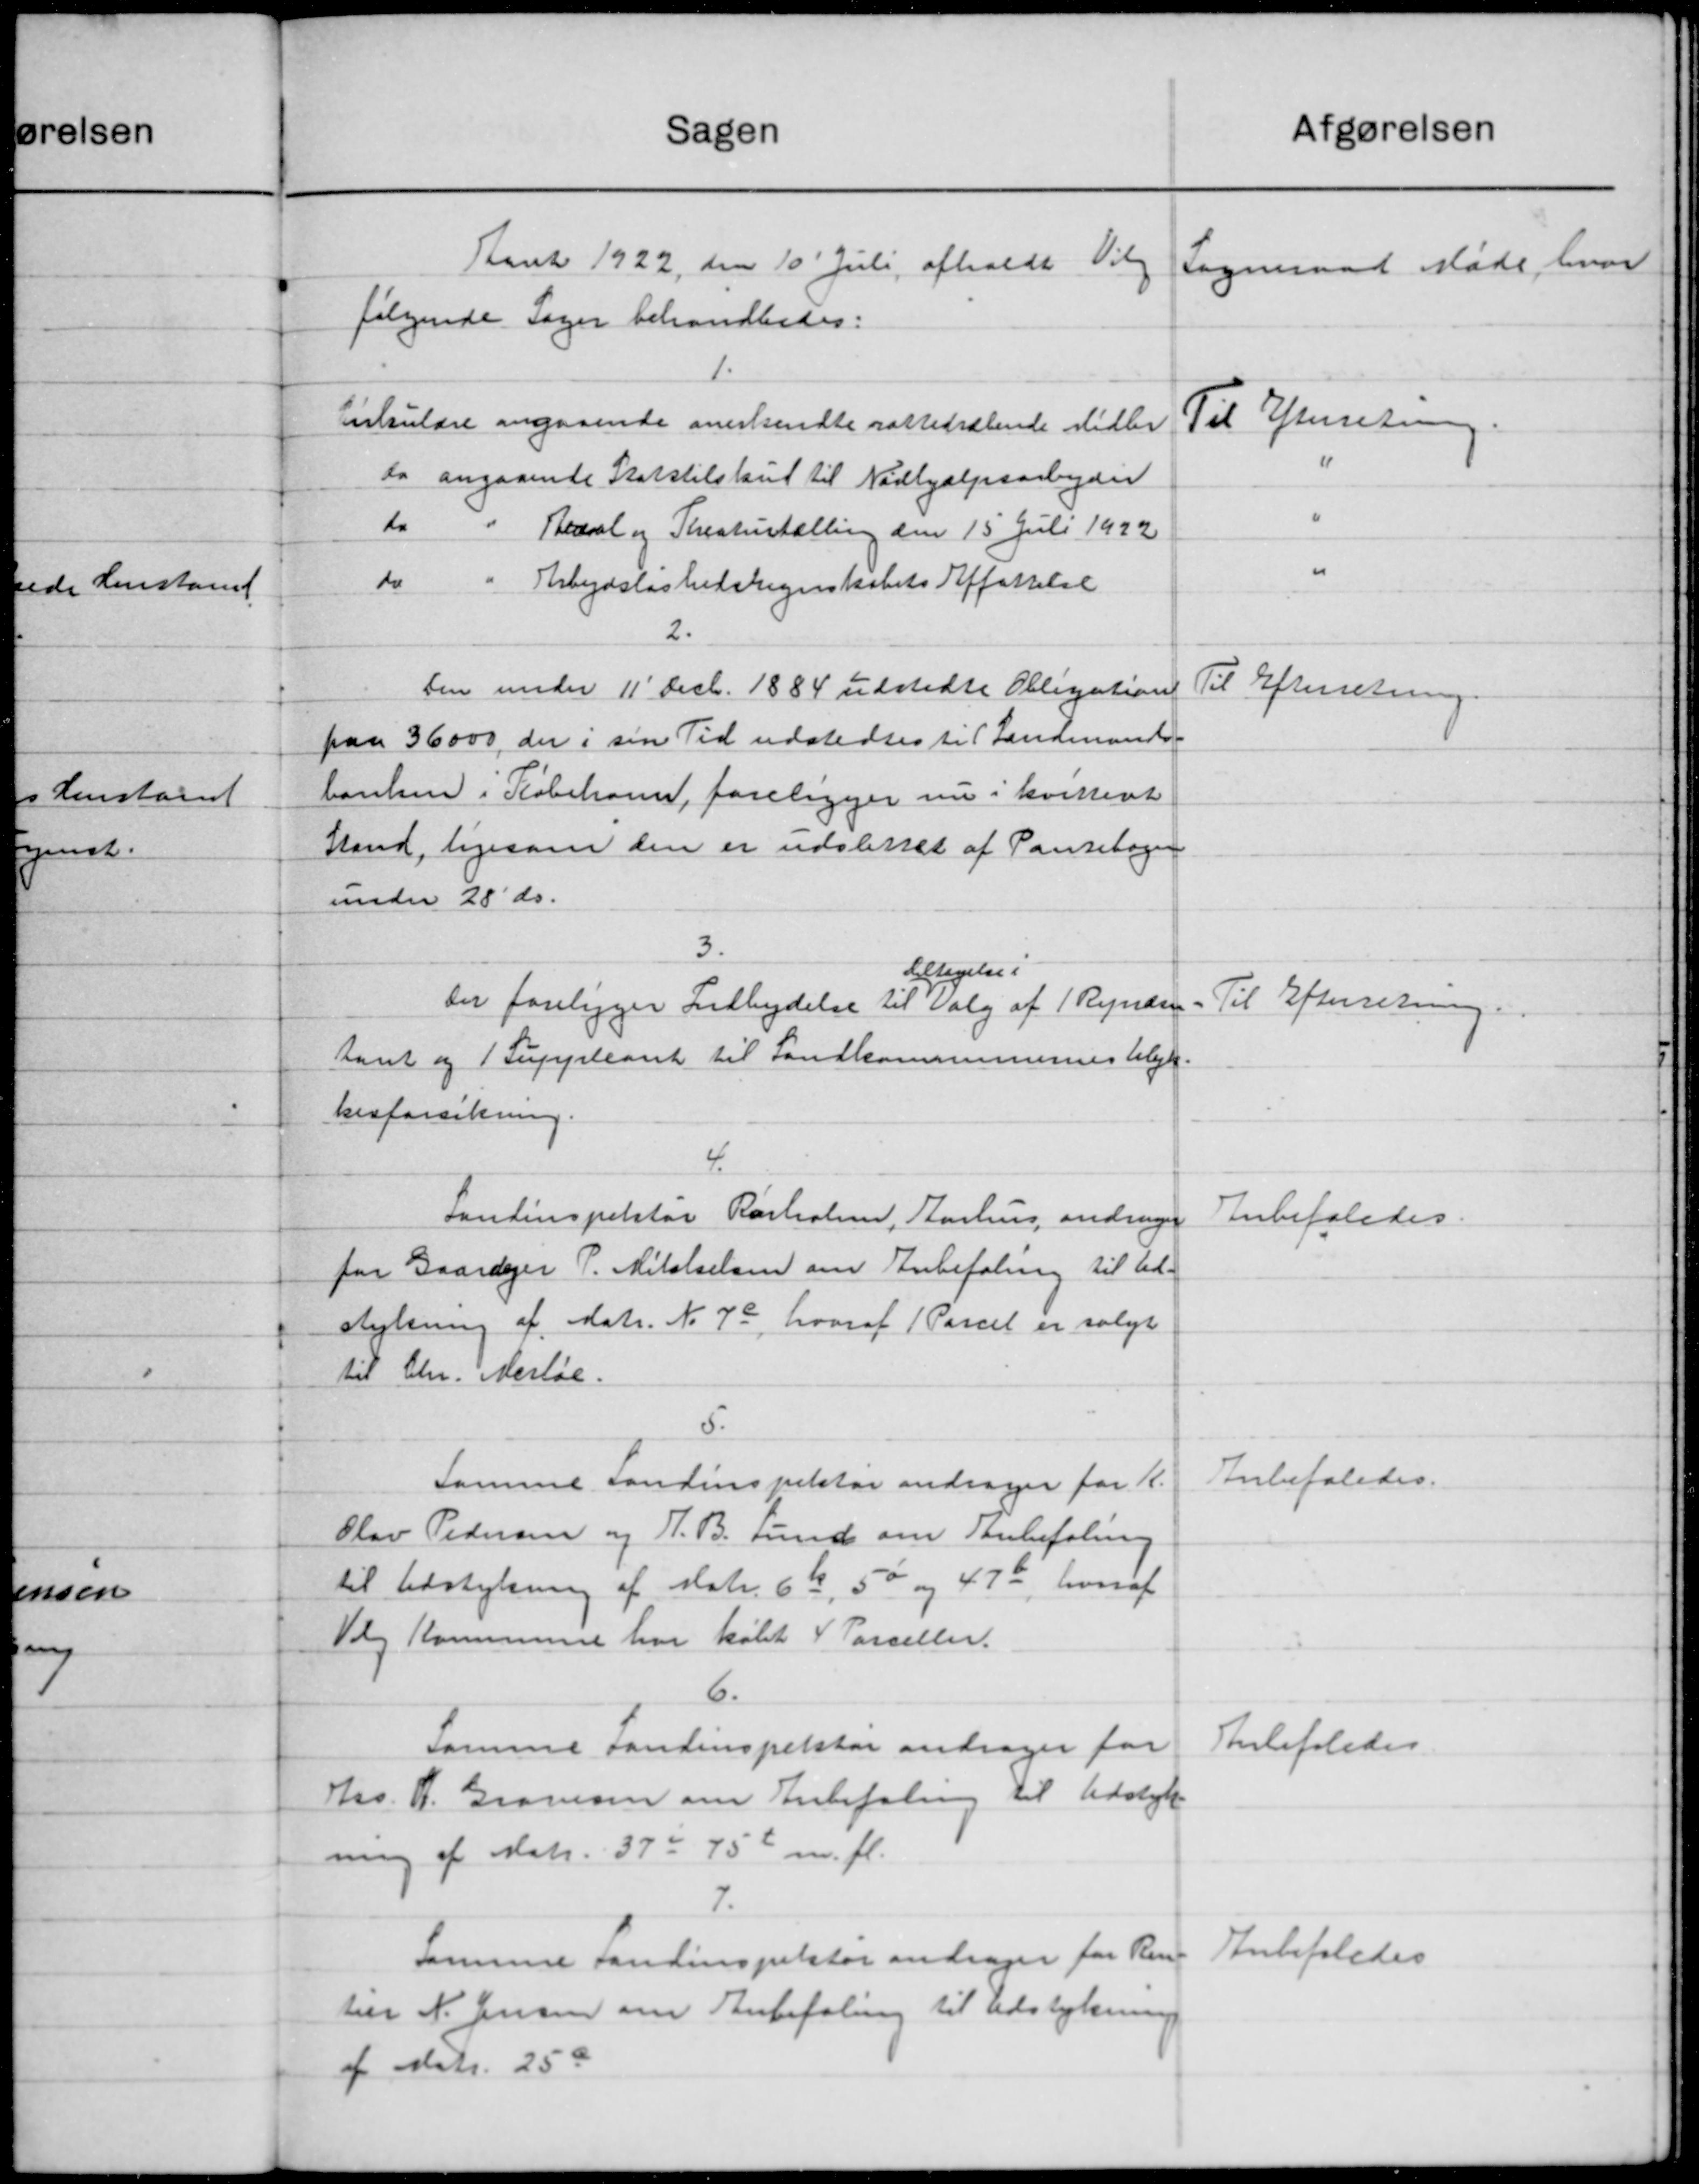
Transskription:
Sagen
Aaret 1922 den 10' Juli afholdt Vil
følgende Sager behandledes:
1.
Cirkulære angaaende anerkendte sattedralende Midler
do angaaende Statstilskud til Nødhjælpsarbejder
do
Bedral og Theaturtælling den 15 Juli 1922
do
Arbejdsløshedsregnskabets Affattelse
2.
ten under 11' Decb. 1884 udstedte Obligation
paa 36000, der i sin Tid udstedtes til Landmands-
barelsen i Købehavn, foreligger nu i kvitteret
Stand, ligesom den er udslettet af Pantebogen
under 28' ds.
3.
etigelse i
Der foreligger Indbydelse til Valg af 1 Rendsen.
Aant og 1 Suppleant til Landkommunernes Ulyk
kesforsikring.
4.
Landinspektør Rørholm, Aarhus andrager
for Gaardejer P. Mikalselsen om Anbefaling til Ud-
stykning af Matr. No 7a, hvoraf 1 Parcel er solgt
til Chr. Martie.
5.
samme sandinspektør andrager for K.
Olav Pedersen og J. B. Fund om Anbefaling
til Udstykning af Matr. 66, 50 og 47 - hvoraf
Vog Kommune har købt 4 Parceller.
6.
Samme Landinspektør andrager for
Hs. A. Grovesen om Anbefaling til Udstykn
ning af Matr. 37 = 75 % m. fl.
7.
Samme Fontinspektør andrager for Ren-
hrer N. Jensen om Anbefaling til Udstykning
af Matr. 250